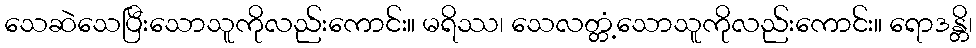
သေဆဲသေပြီးသောသူကိုလည်းကောင်း။ မရိဿ၊ သေလတ္တံ့သောသူကိုလည်းကောင်း။ ရောဒန္တိ၊